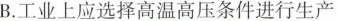
B.工业上应选择高温高压条件进行生产